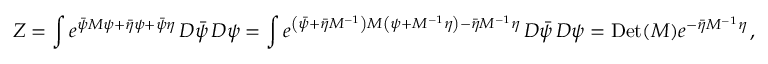
Z = \int e ^ { { \bar { \psi } } M \psi + { \bar { \eta } } \psi + { \bar { \psi } } \eta } \, D { \bar { \psi } } \, D \psi = \int e ^ { \left( { \bar { \psi } } + { \bar { \eta } } M ^ { - 1 } \right) M \left( \psi + M ^ { - 1 } \eta \right) - { \bar { \eta } } M ^ { - 1 } \eta } \, D { \bar { \psi } } \, D \psi = \mathrm { D e t } ( M ) e ^ { - { \bar { \eta } } M ^ { - 1 } \eta } \, ,